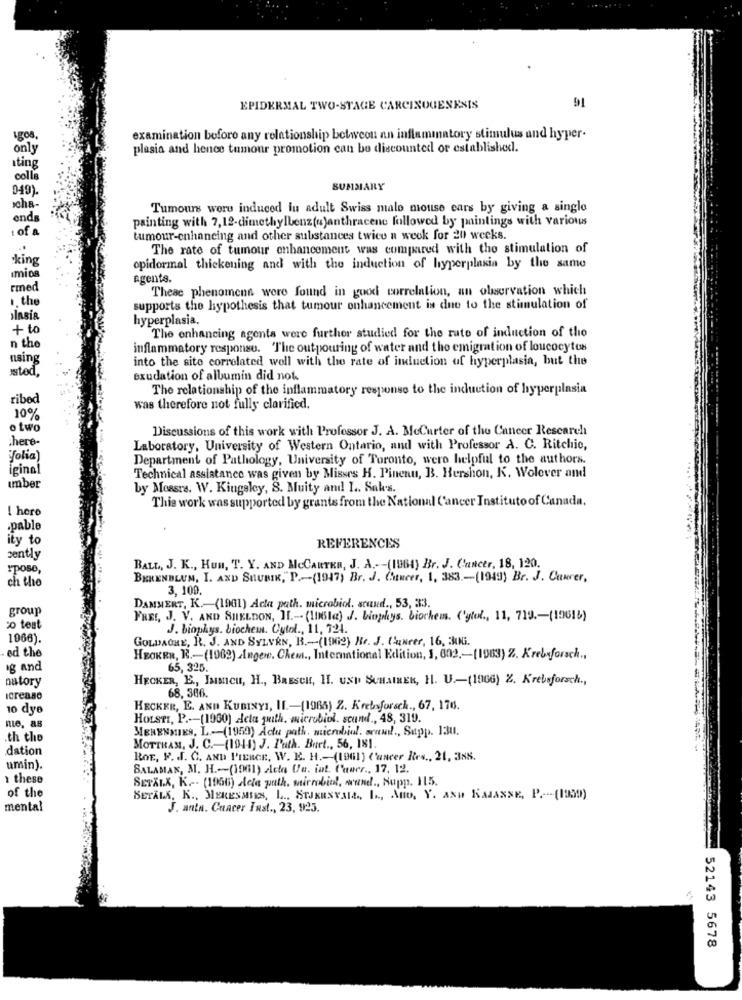
EPIDERMAL TWO-STAGE CARCINOGENESIS
91
examination boforo any relationship between an inflammatory stimulus and hyper.
only
plasia and hence tumour promotion can be discounted or established.
Iting
colla
049).
SUMMARY
cha-
Tumours were induced lu adult Swiss malo mouse ears by giving a single
ends
painting with 7,12-dimethylbenz (u)anthracene followed by paintings with various
1 of a
tumour-enhancing and other substances twice a week for 20 weeks.
The rate of tumour enhancement was compared with the stimulation of
.king
opidormal thickening and with the induction of hyperplasia by the same
imios
agents.
rmed
These phenomena were found in good correlation, an observation which
1. the
supports the hypothesis that tumour enhancement is due to the stimulation of
Insia
hyperplasia.
+ to
The enhancing agents were further studied for the rato of induction of the
n the
inflammatory response. The outpouring of water and tho emigration of loucocytos
naing
into the sito correlated woll with the rate of induction of hyperplasia, but the
stod,
exudation of albumin did not
The relationship of the inflammatory response to the induction of hyperplasia
ribed
was therefore not fully clarified.
10%
o two
Discussions of this work with Professor J. A. MoCurter of the Cancer Research
here-
Laboratory, University of Western Ontario, and with Professor A. C. Ritchie,
folia)
Department of Pathology, University of Toronto, wero helpful to the authors.
iginal
Technical assistance was given by Misses H. Pinenu, B. Hershon, K. Wolever and
imber
by Mossrs. W. Kingsley, S. Muity and I .. Saks.
This work was supported by grants from the National Cancer Instituto of Canada,
! hero
.pable
ity to
REFERENCES
cently
rpose,
BALL, J. K ., HUN, T. Y. AND MCCARTER, J. A .-- (1964) BBr. J. Cancer, 18, 120.
ch the
BERENBLUM, I. AND SAUBIK," P .- (1947) Br. J. Cancer, 1, 383 .- (1949) Br. J. Caurer,
3, 100.
group
DAMMERT, K .- (1901) Acta path. microbiol. stund ., 53, 33.
FREE, J. V. AND SHELDON, IL .-- (196la) J. biophys. biorkem. ('ytol ., 11, 719 .- (19616)
co test
J. biophys. biochem. Cytol ., 11, 724.
1966).
GOLDACHE, R. J. AND SYLVEN, B .- (1962) Rc. J. ChuNeer, 16, 3MMi.
ed the
HEOKRN, R .- (1962) Ingene, Chem ., International Edition, 1, 602 .- [1963) Z. Krebsforsch .,
ig and
65, 325.
natory
HECKER, E ., Issicu, H ., BRESCH, H. USP SUHAIRER, H. U .- (1966) %. Krebsforsch .,
Icreano
68, 366.
10 dye
HECKER, E. AND KUBINYI, II .- (1965) Z. Krebsforsch ., 67, 176.
HOLSTI, P .-- (1960) dela path, microbiol. scand ., 48, 319.
nie, as
MERENMIES, L .-- (1959) Actu path, microbial. seaud !., Supp. 131.
.th the
dation
MOTTRAM, J. C .- (1941) J. Path. Buet ., 56, 181.
ROE, F. J. C. AND PIERCE, W. E. H .- (1961) Cancer Res ., 21, 388.
umin).
SALAMAN, M. H .- (1961) dela Ue. int. tower ., 17. 12.
1 these
SETALK, K .-. (1956) dela path, microbiol, wand ., Nupp. 115.
of the
BETALA, K ., SERESMIES, L ., STJKESVAIL, L ., AU, Y. Asp KAMASSE, P .--- (1999)
mental
J. anta. Cuacer Inst ., 23, 925.
52143 5678